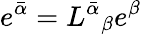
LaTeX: e^{\bar{\alpha}}=L^{\bar{\alpha}}{}_{\beta}e^{\beta}